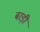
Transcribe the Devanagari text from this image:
बरड़ी